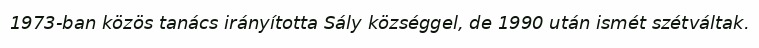
1973-ban közös tanács irányította Sály községgel, de 1990 után ismét szétváltak.